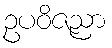
ဥပဝိဇညာ